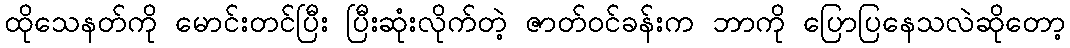
ထိုသေနတ်ကို မောင်းတင်ပြီး ပြီးဆုံးလိုက်တဲ့ ဇာတ်ဝင်ခန်းက ဘာကို ပြောပြနေသလဲဆိုတော့